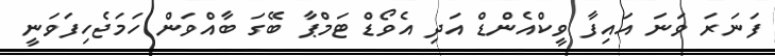
ފަނަރަ ވަނަ އައިފާ ވީކްއެންޑް އަދި އެވޯޑް ޓަމްޕާ ބޭގަ ބާއްވަން ހަމަޖެހިފަވަނީ